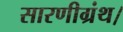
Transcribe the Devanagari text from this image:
सारणीग्रंथ।